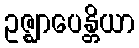
ဥဇ္ဈာပေန္တိယာ